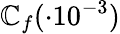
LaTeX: \mathbb{C}_{f}(\cdot10^{-3})